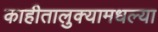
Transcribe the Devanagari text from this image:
काहीतालुक्यामधल्या